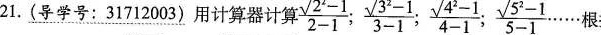
$$\frac{\sqrt{2^{2}-1}}{2-1}; \frac{\sqrt{3^{2}-1}}{3-1}; \frac{\sqrt{4^{2}-1}}{4-1}; \frac{\sqrt{5^{2}-1}}{5-1}\cdots$$ …根据你发